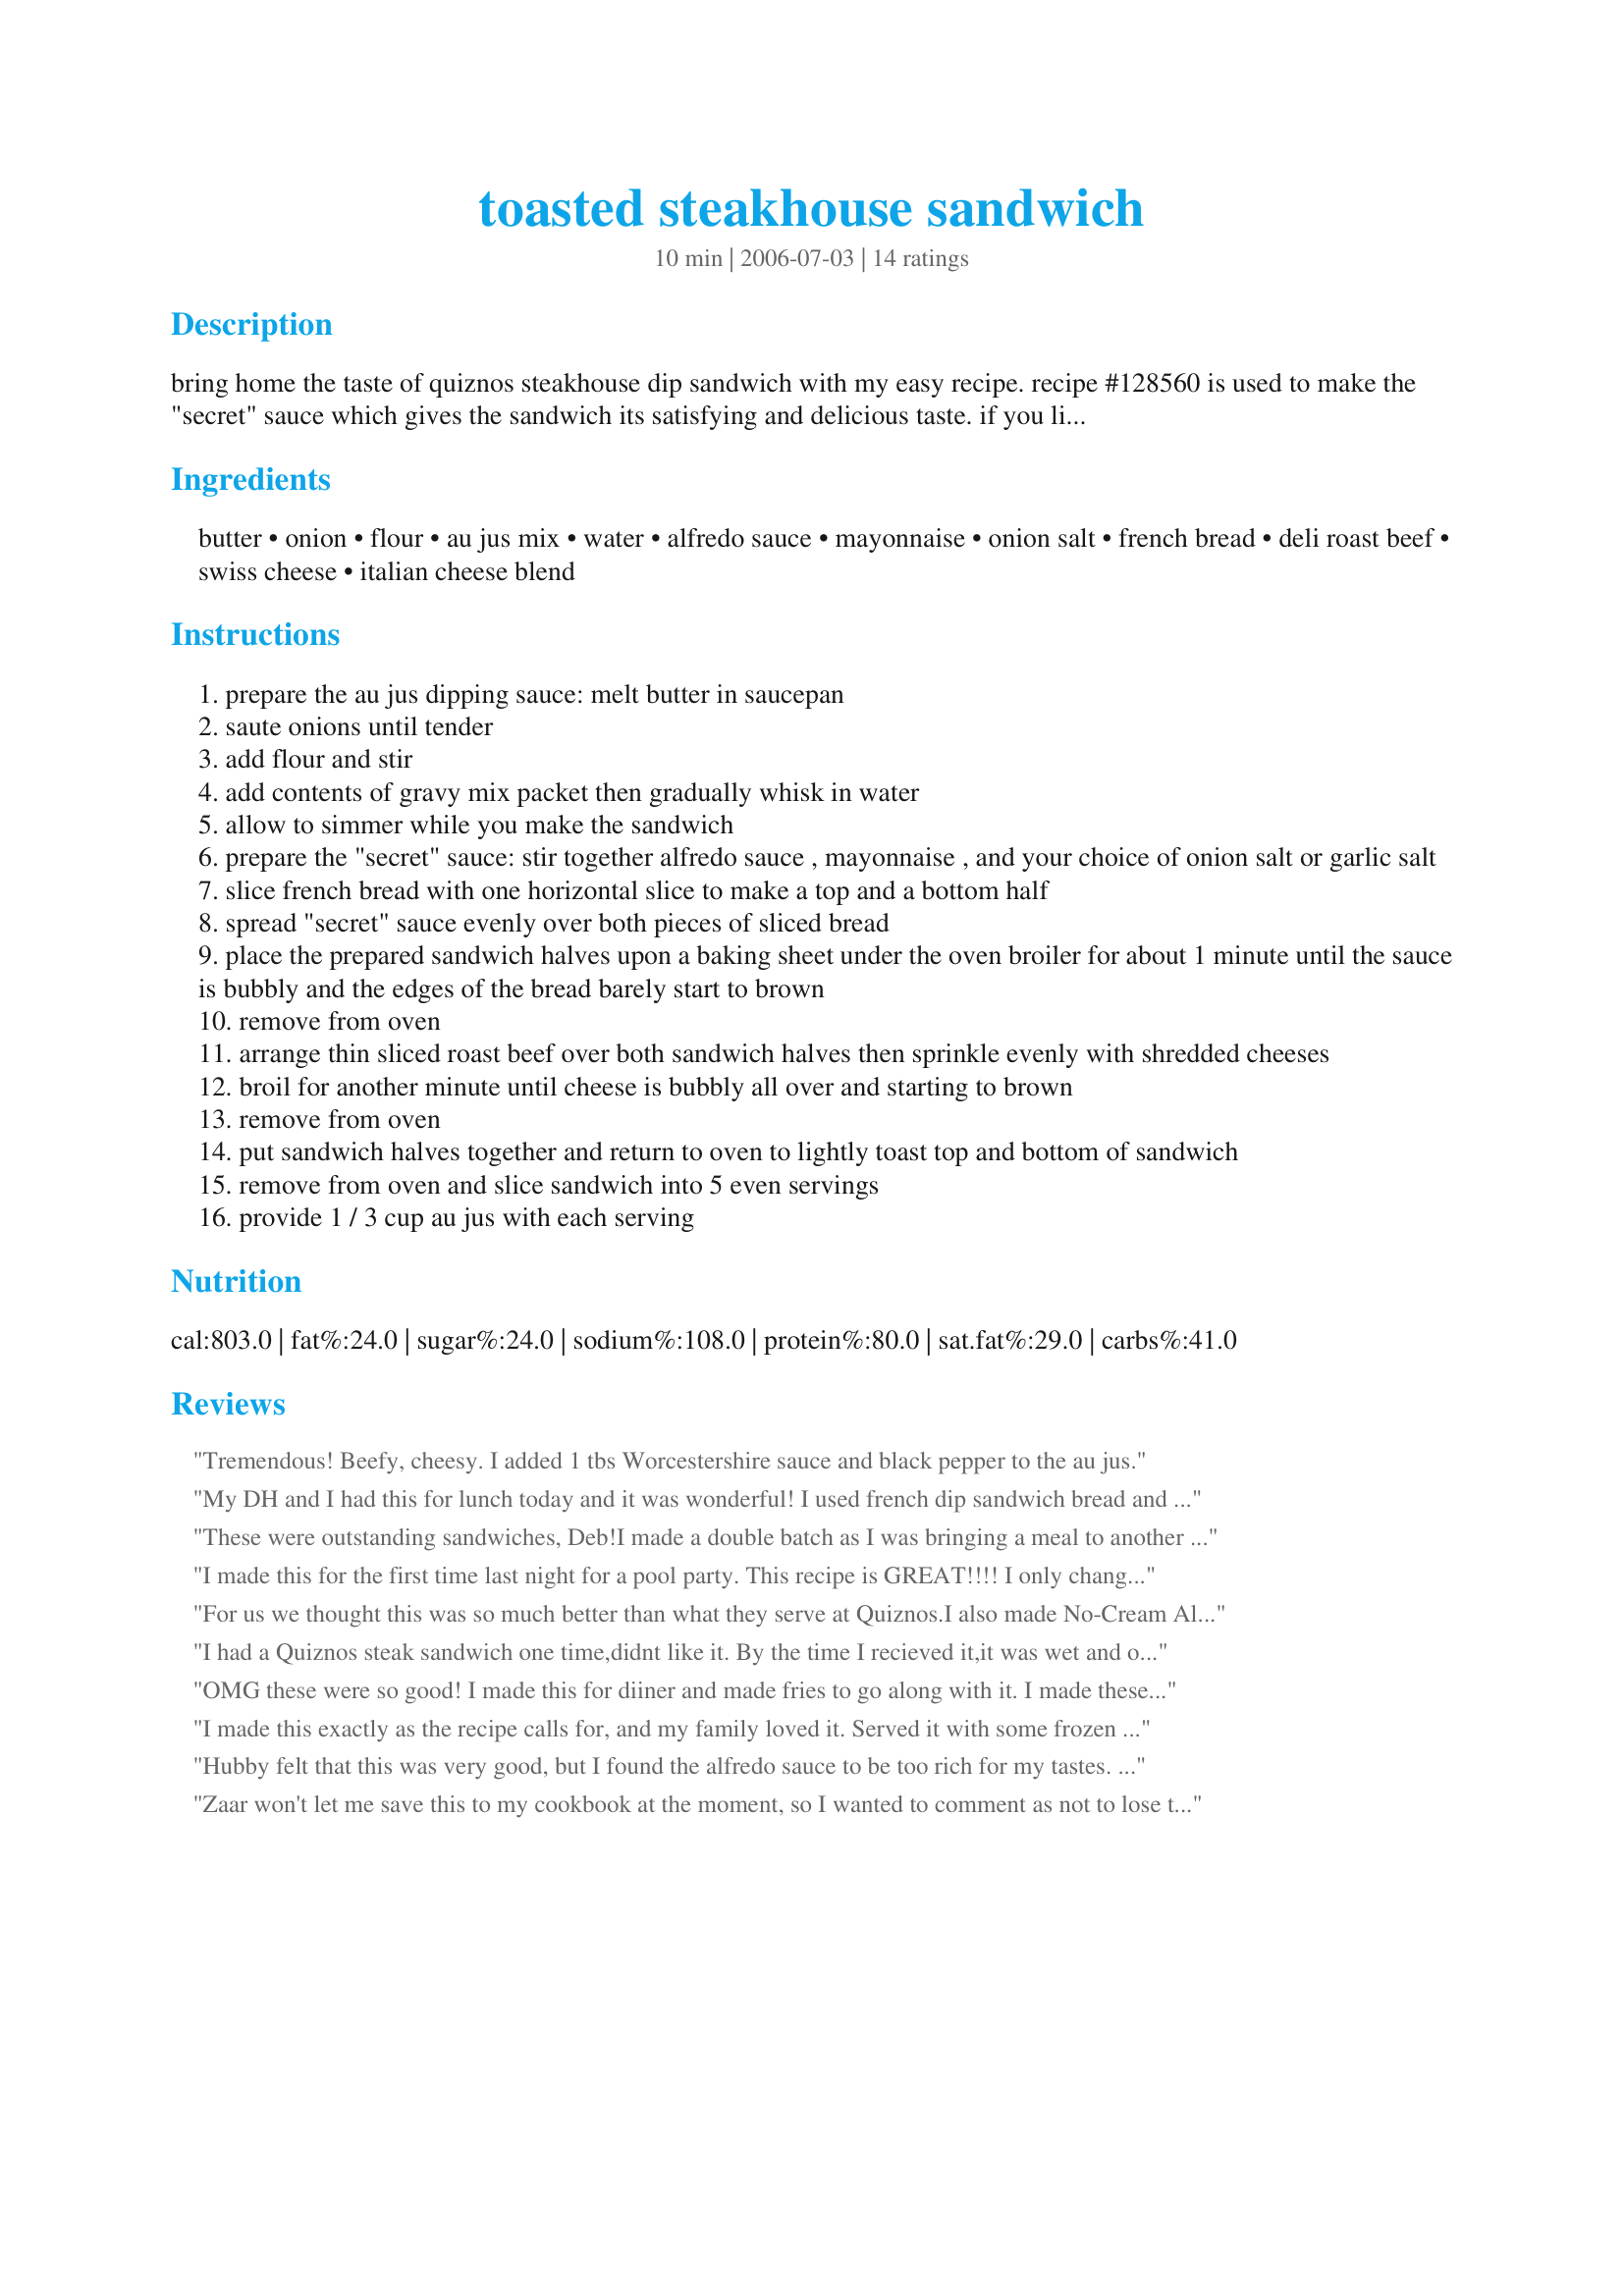
toasted steakhouse sandwich
Preparation time: 10 minutes

bring home the taste of quiznos steakhouse dip sandwich with my easy recipe. recipe #128560 is used to make the "secret" sauce which gives the sandwich its satisfying and delicious taste. if you like quiznos you'll like this!

Ingredients:
butter, onion, flour, au jus mix, water, alfredo sauce, mayonnaise, onion salt, french bread, deli roast beef, swiss cheese, italian cheese blend

Steps:
prepare the au jus dipping sauce: melt butter in saucepan
saute onions until tender
add flour and stir
add contents of gravy mix packet then gradually whisk in water
allow to simmer while you make the sandwich
prepare the "secret" sauce: stir together alfredo sauce , mayonnaise , and your choice of onion salt or garlic salt
slice french bread with one horizontal slice to make a top and a bottom half
spread "secret" sauce evenly over both pieces of sliced bread
place the prepared sandwich halves upon a baking sheet under the oven broiler for about 1 minute until the sauce is bubbly and the edges of the bread barely start to brown
remove from oven
arrange thin sliced roast beef over both sandwich halves then sprinkle evenly with shredded cheeses
broil for another minute until cheese is bubbly all over and starting to brown
remove from oven
put sandwich halves together and return to oven to lightly toast top and bottom of sandwich
remove from oven and slice sandwich into 5 even servings
provide 1 / 3 cup au jus with each serving

Reviews:
Tremendous! Beefy, cheesy. I added 1 tbs Worcestershire sauce and black pepper to the au jus.
My DH and I had this for lunch today and it was wonderful! I used french dip sandwich bread and provolone in place of swiss. Other than that, followed the recipe to the letter and really enjoyed the flavor and the ease of this recipe! Thank you!
These were outstanding sandwiches, Deb!I made a double batch as I was bringing a meal to another family. I used some individual-sized ciabatta breads, which worked out perfect, and used provolone cheese. I loved both sauces(the thickness of the au jus and the garlic flavor of the white) and added some sliced jalapenos on mine. Even though I am not even a "beef lover" I found myself happily overindulging on these and my husband LOVED them. I will be making these often, especially since they were so easy and fun to make.

Roxygirl
I made this for the first time last night for a pool party. This recipe is GREAT!!!! I only changed the bread. I used a onion roll instead of the hard rolls. I did use real mayo instead of the miracle whip. I will be making this on our boat for the 4th of July. Thanks for the great recipe. Who would of thought that alfredo sauce would come out tasting like this on a sandwich?
For us we thought this was so much better than what they serve at Quiznos.I also made No-Cream Alfredo Sauce Recipe #128560. Quite surprised with the total outcome. We have made this several times, a family favorite of our.
I had a Quiznos steak sandwich one time,didnt like it. By the time I recieved it,it was wet and only moderatly warm..But decided to try this recipe. I Am sure glad I did..I used 3 mexican bolillos rolls,they are a oval shaped crusty roll that is the perfect size and texture for this recipe...I also used some leftover alfredo sauce from when I made #39087 creamy cajun chicken pasta.Also sprinkles some grated parmesean cheese over the roll and sauce before sliding it under the broiler. I used provalone and morrezella cheese..I really think 5 sandwiches is being really skimpy on the meat,Wheres the beef? This made 3 nice sandwiches..We really like them and I will make this again..Forget about Quiznos,we are eatting at home now.Reheated nicely in the microwave the next day...Thank U for this recipe..
OMG these were so good! I made this for diiner and made fries to go along with it. I made these exactly as written and it came together so easy and I also love the presentation of serving the whole loaf of bread and cutting it at the table, I felt like a real chef! Thanks!!
I made this exactly as the recipe calls for, and my family loved it. Served it with some frozen french fries. Next time I'll have to make more!
Hubby felt that this was very good, but I found the alfredo sauce to be too rich for my tastes. I didn't have french bread on hand, and instead toasted seasame seed buns for the sandwiches. I served this with roasted green beans and coleslaw.
Zaar won't let me save this to my cookbook at the moment, so I wanted to comment as not to lose the recipe in the future. 

This is exactly what I was looking for! I had the Quizno's French Dip sandwich last weekend and have been CRAVING ever since! Can't wait to try this - and I will be back to review soon! Thanks a ton!
So simple and so delicious. This is a great sandwich.
We really really really enjoyed this! It was so simple to make and it is a definite KEEPER!!!Thank you Deb!!!
This got a thumbs up from the 15 year old food critic at my house. I forgot to buy alfredo sauce, so we omitted the secret sauce, but he still gobbled up his sandwich and had leftovers for lunch the next day. Thanks for a great recipe.
Excellent!!!!
